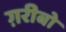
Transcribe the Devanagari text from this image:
ग़रीबो